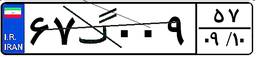
۶۷گ۰۰۹۵۷